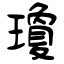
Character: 瓊